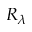
R _ { \lambda }